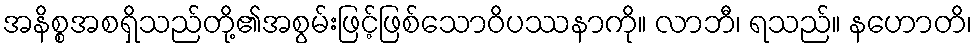
အနိစ္စအစရှိသည်တို့၏အစွမ်းဖြင့်ဖြစ်သောဝိပဿနာကို။ လာဘီ၊ ရသည်။ နဟောတိ၊